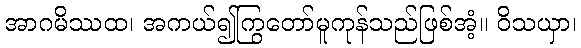
အာဂမိဿထ၊ အကယ်၍ကြွတော်မူကုန်သည်ဖြစ်အံ့။ ဝိသယှာ၊